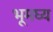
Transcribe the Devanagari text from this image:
भूमघ्य